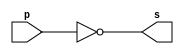
// -------------------------
// Extra 001 - OPERAES
// Nome: Rodolfo Herman
// Versao 1.0
// -------------------------
// -------------------------

// -------------------------
// -- Porta NOT
// -------------------------
module pnot (output [0:7] s, input [0:7] p);
// Associar a saida com a contrapositiva da entrada
assign s = ~p;
//terminar
endmodule

/**
* Testar porta
*/
module testador;
// Criar registrador
reg [0:7] a;
// Criar (fio)
wire [0:7] s;
// Definir dados
integer contar;
//instancia
pnot NOT1 (s, a);
// Atribuir valor inicial
initial begin
a= 8'b00000000; // valor inicial
//terminar initial
end

/**
* Main parte principal
*/
initial begin
//Identificaao
$display ( "Extra 01" );
$display ( "Autor : Rodolfo Herman - 451612" );
$display("\n\t\tCOMPLEMENTO 1\n");
//Atribuir repetiao
contar = 5;
//Iniciar repetiao
repeat ( contar ) begin
// Msotrar
#1 $display("Complemento1 de %d :  %8b = %b", a, a, s);
//Acrescentar + 1
a = a + 8'b00000001;
//passar para proximo
contar = contar -1;
//terminar repetiao
end
//terminar initial
end
//terminar
endmodule

/**
* Documentao
*/

/**
* Verso 1.0
* O exercicio solicitou o complemento 1 ( C1 ) de um numero qualquer de 8-bits. Para realizar a operao foi feito um modulo da porta NOT
* sendo que a negaao do numero resulta emseu complemento. Para testar mais de um valor foi criado uma repetiao.
* Apos testes com os numeros 8'b00000000, 8'b00000001, 8'b00000010, 8'b00000011, 8'b00000111, os resultados foram os esperados para o seu complemento 1 ( C1 ).
*/